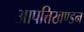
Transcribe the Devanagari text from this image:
आपत्तिखण्डन